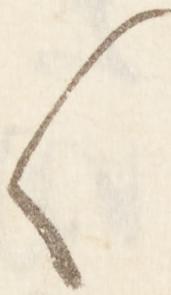
く